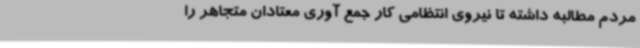
مردم مطالبه داشته تا نیروی انتظامی کار جمع آوری معتادان متجاهر را